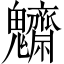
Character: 𩵃